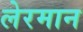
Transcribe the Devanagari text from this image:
लेरमान